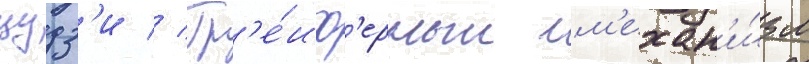
цудз'и // Гр'е́иф'ерныи м'ехан'и́зм